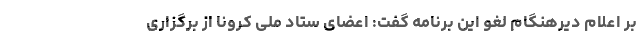
بر اعلام دیرهنگام لغو این برنامه گفت: اعضای ستاد ملی کرونا از برگزاری